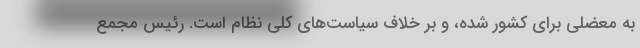
به معضلی برای کشور شده، و بر خلاف سیاست‌های کلی نظام است. رئیس مجمع